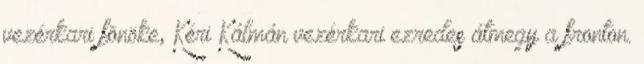
vezérkari fõnöke, Kéri Kálmán vezérkari ezredes átmegy a fronton.